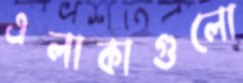
এলাকাগুলো